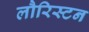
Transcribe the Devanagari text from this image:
लौरिस्टन